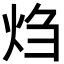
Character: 𬊂